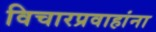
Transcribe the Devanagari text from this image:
विचारप्रवाहांना